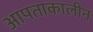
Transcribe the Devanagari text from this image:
आपताकालीन